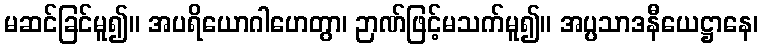
မဆင်ခြင်မူ၍။ အပရိယောဂါဟေတွာ၊ ဉာဏ်ဖြင့်မသက်မူ၍။ အပ္ပသာဒနီယေဋ္ဌာနေ၊